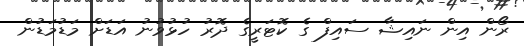
ރޯން އިން ނައިޝާ ސައިފް ގެ ކޮޓަރީގެ ދޮރު ހުޅުވުނު އަޑަށް މަޑުމަޑުން